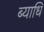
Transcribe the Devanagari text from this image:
ब्‍याधि